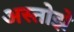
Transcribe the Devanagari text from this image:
अस्तोझे